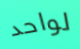
لواحد